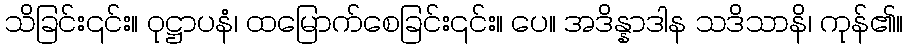
သိခြင်း၎င်း။ ဝုဋ္ဌာပနံ၊ ထမြောက်စေခြင်း၎င်း။ ပေ။ အဒိန္နာဒါန သဒိသာနိ၊ ကုန်၏။